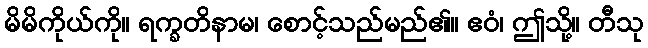
မိမိကိုယ်ကို။ ရက္ခတိနာမ၊ စောင့်သည်မည်၏။ ဧဝံ၊ ဤသို့။ တီသု